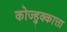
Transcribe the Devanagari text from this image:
कोज्हुक्कात्ता